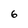
Character: 6